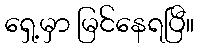
ရှေ့မှာ မြင်နေရပြီ။